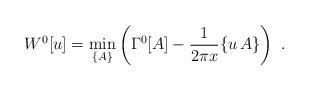
LaTeX: \begin{align*}W^0[u]=\min_{\{ A\} }\left( \Gamma^0[A]-\frac{1}{2\pi x} \{ u\,A\} \right)\ .\end{align*}